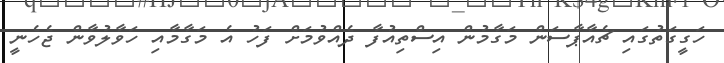
ހަގީގަތުގައި ޗެއާޕާސަން މަގާމުން އިސްތިއުފާ ދެއްވުމަށް ފަހު އެ މަގާމާއި ހަވާލުވާން ޖެހެނީ